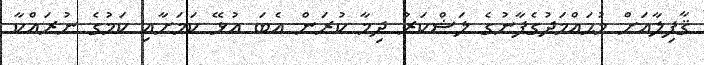
ޤާފިލާއަށް މުޙައްމަދުގެފާނުގެ ލަޝްކަރު ދިމާ ކުރަން އެބަ އުޅޭ ކަމަށާއި ކަމުގެ ނުރައްކާ